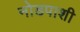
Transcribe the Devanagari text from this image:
नोडपाशी